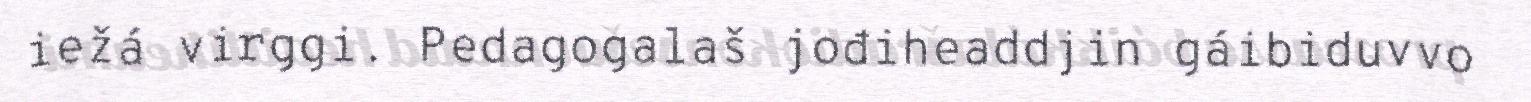
iežá virggi. Pedagogalaš jođiheaddjin gáibiduvvo